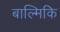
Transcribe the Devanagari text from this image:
बाल्मिकि